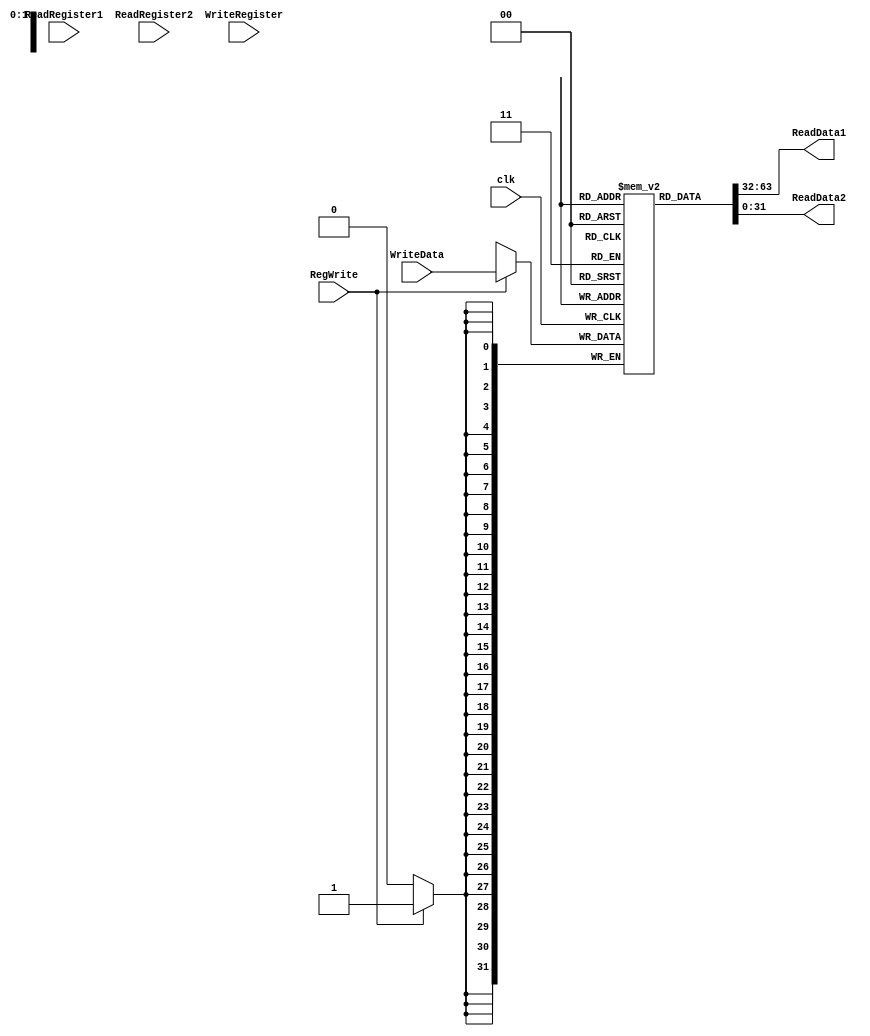
module RegisterFile#(parameter N = 1)(clk,ReadRegister1, ReadRegister2, WriteRegister, WriteData, RegWrite, ReadData1, ReadData2);
	input clk;
	input [4:0] ReadRegister1, ReadRegister2, WriteRegister;	
	input [31:0]WriteData;
	input RegWrite;
	output[31:0] ReadData1,ReadData2;
	reg [31:0] Mem [0:N-1];
		
	initial begin
		Mem[0] <= 32'd0;
		Mem[1] <= 32'd0;
		Mem[2] <= 32'd0;
		Mem[3] <= 32'b0;
		Mem[4] <= 32'b0;
		Mem[5] <= 32'b0;
		Mem[6] <= 32'b0;
		Mem[7] <= 32'b0;
		Mem[8] <= 32'b0;
		Mem[9] <= 32'b0;
		Mem[10] <= 32'b0;
		Mem[11] <= 32'b0;
		Mem[12] <= 32'b0;
		Mem[13] <= 32'b0;
		Mem[14] <= 32'b0;
		Mem[15] <= 32'b0;
		Mem[16] <= 32'b0;
		Mem[17] <= 32'b0;
		Mem[18] <= 32'b0;
		Mem[19] <= 32'b0;
		Mem[20] <= 32'b0;
		Mem[21] <= 32'b0;
		Mem[22] <= 32'b0;
		Mem[23] <= 32'b0;
		Mem[24] <= 32'b0;
		Mem[25] <= 32'b0;
		Mem[26] <= 32'b0;
		Mem[27] <= 32'b0;
		Mem[28] <= 32'b0;
		Mem[29] <= 32'b0;
		Mem[30] <= 32'b0;
		Mem[31] <= 32'b0;
	end
	always@(posedge clk) begin
		if(RegWrite == 1'b1)
			Mem[WriteRegister] <= WriteData;
	end
	assign#(1) ReadData1 = Mem[ReadRegister1];
	assign#(1) ReadData2 = Mem[ReadRegister2];
endmodule